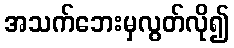
အသက်ဘေးမှလွတ်လို၍